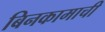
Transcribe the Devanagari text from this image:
बिनकामाची